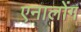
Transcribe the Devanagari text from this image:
एनालोंग